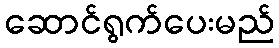
ဆောင်ရွက်ပေးမည်